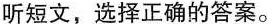
听短文,选择正确的答案.